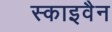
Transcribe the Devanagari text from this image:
स्काइवैन